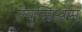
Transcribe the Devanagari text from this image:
ल्युसिअस